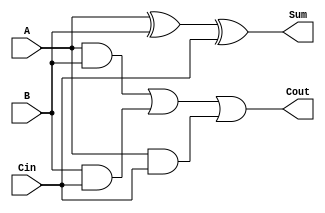
`ifndef _FULL_ADDER
`define _FULL_ADDER

module Full_Adder (
    output Cout, Sum,
    input A, B, Cin
);
    assign Cout = (A & B) | (B & Cin) | (A & Cin);
    assign Sum = A ^ B ^ Cin;
endmodule

`endif